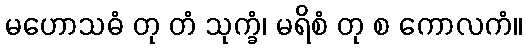
မဟောသဓံ တု တံ သုက္ခံ၊ မရိစံ တု စ ကောလကံ။